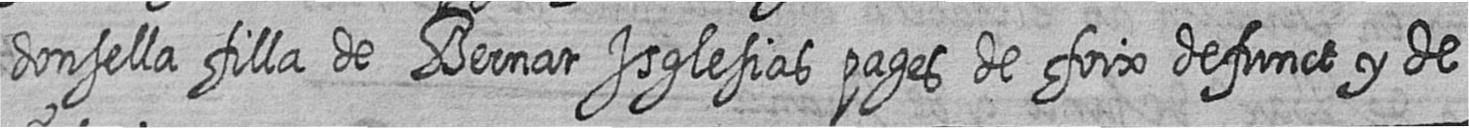
donsella filla de Bernat Isglesias pages de foix defunct y de